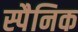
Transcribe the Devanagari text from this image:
स्पैनिक